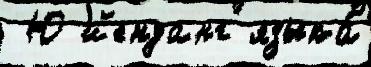
 Ю йенданг языка́